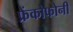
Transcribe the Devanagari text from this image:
फ्रेंकोफोनी